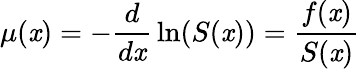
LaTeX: \mu(\mathit{x})=-{\frac{{d}}{{d\mathit{x}}}}\ln(S(\mathit{x}))={\frac{{f(\mathit{x})}}{{S(\mathit{x})}}}